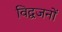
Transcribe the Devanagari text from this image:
विद्वजनों